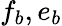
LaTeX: f_{b},e_{b}